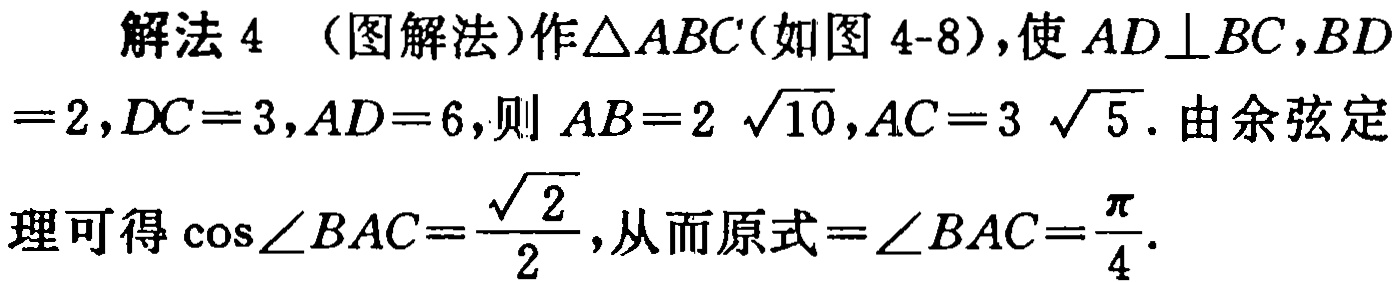
解法 4 （图解法）作\(\triangle ABC\)（如图 4-8），使\(AD\perp BC\)，\(BD = 2\)，\(DC = 3\)，\(AD = 6\)，则\(AB = 2\sqrt{10}\)，\(AC = 3\sqrt{5}\)。由余弦定理可得\(\cos\angle BAC=\frac{\sqrt{2}}{2}\)，从而原式\(=\angle BAC=\frac{\pi}{4}\)。